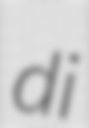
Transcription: di